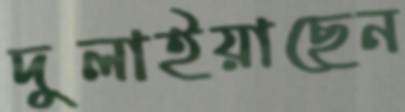
দুলাইয়াছেন